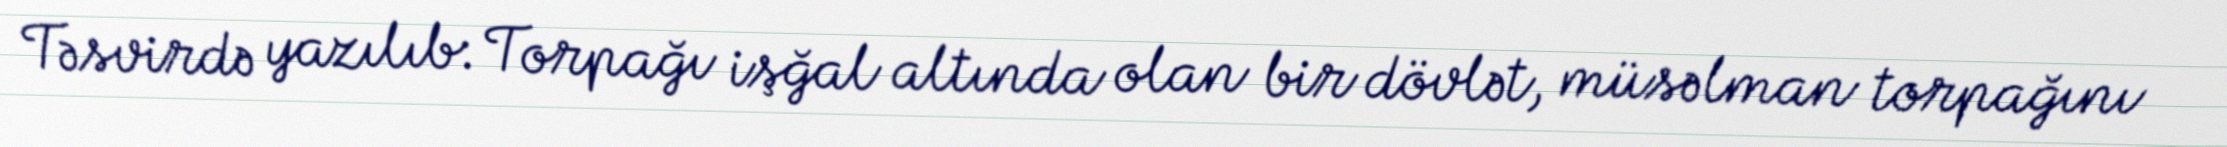
Təsvirdə yazılıb: Torpağı işğal altında olan bir dövlət, müsəlman torpağını